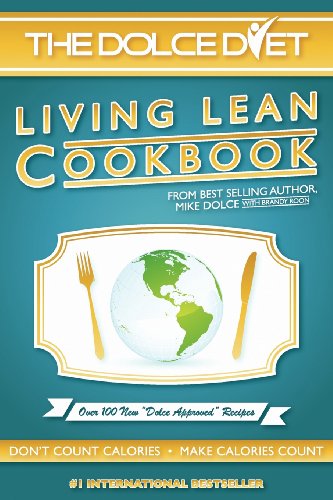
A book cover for The Dolce Diet: Living Lean Cookbook; Michael Dolce; Cookbooks, Food & Wine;